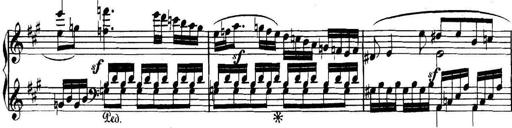
Title: Collected Piano Sonatas
Composer: Muzio Clementi